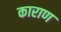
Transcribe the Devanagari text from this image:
काराण